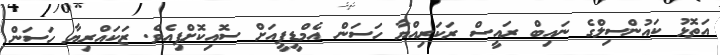
އަތޮޅު ކައުންސިލްގެ ނައިބް ރައީސް ރަކަރިއްޔާ ހަސަން އެމްޑީޕީއަށް ސޮއިކޮށްފިއެވެ. ޒަކައްރިޔާ ހަސަން